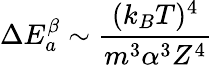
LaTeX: \Delta E_{a}^{\beta}\sim\frac{(k_{B}T)^{4}}{m^{3}\alpha^{3}Z^{4}}